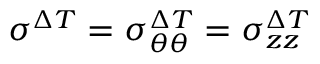
\sigma ^ { \Delta T } = \sigma _ { \theta \theta } ^ { \Delta T } = \sigma _ { z z } ^ { \Delta T }